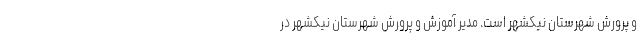
و پرورش شهرستان نیکشهر است. مدیر آموزش و پرورش شهرستان نیکشهر در